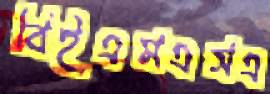
বিইএমএসএ